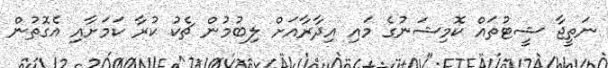
ނަތީޖާ ޝީޓުތައް ކޮމިޝަނުގެ މައި އިދާރާއަށް ލިބުމުން ޗެކު ކުރާ ކަމަށާއި އެގޮތުން